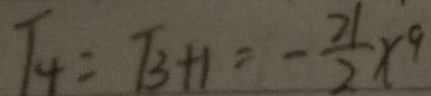
T _ { 4 } = T _ { 3 } + 1 = - \frac { 2 1 } { 2 } x ^ { 9 }